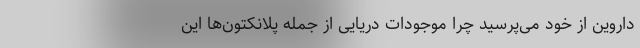
داروین از خود می‌پرسید چرا موجودات دریایی از جمله پلانکتون‌ها این